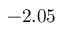
- 2 . 0 5